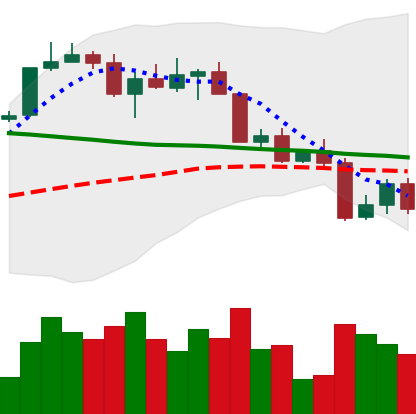
Ticker: BTC-USD
Chart end date: 2022-04-14
Forward return: 3.924%
Label: up_3_5